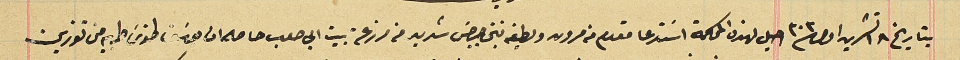
بتاريخ ١٨ تشرين اول ٣٠٣ احيل لهذه المحكمة اسَتدعا مقدم من مرون ولطيفه بنتى جرجسَ شديد من مزرعة بيت ابي صعب حاصله ان يوسَف طنوس طربيه من تنورين